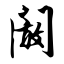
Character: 阚